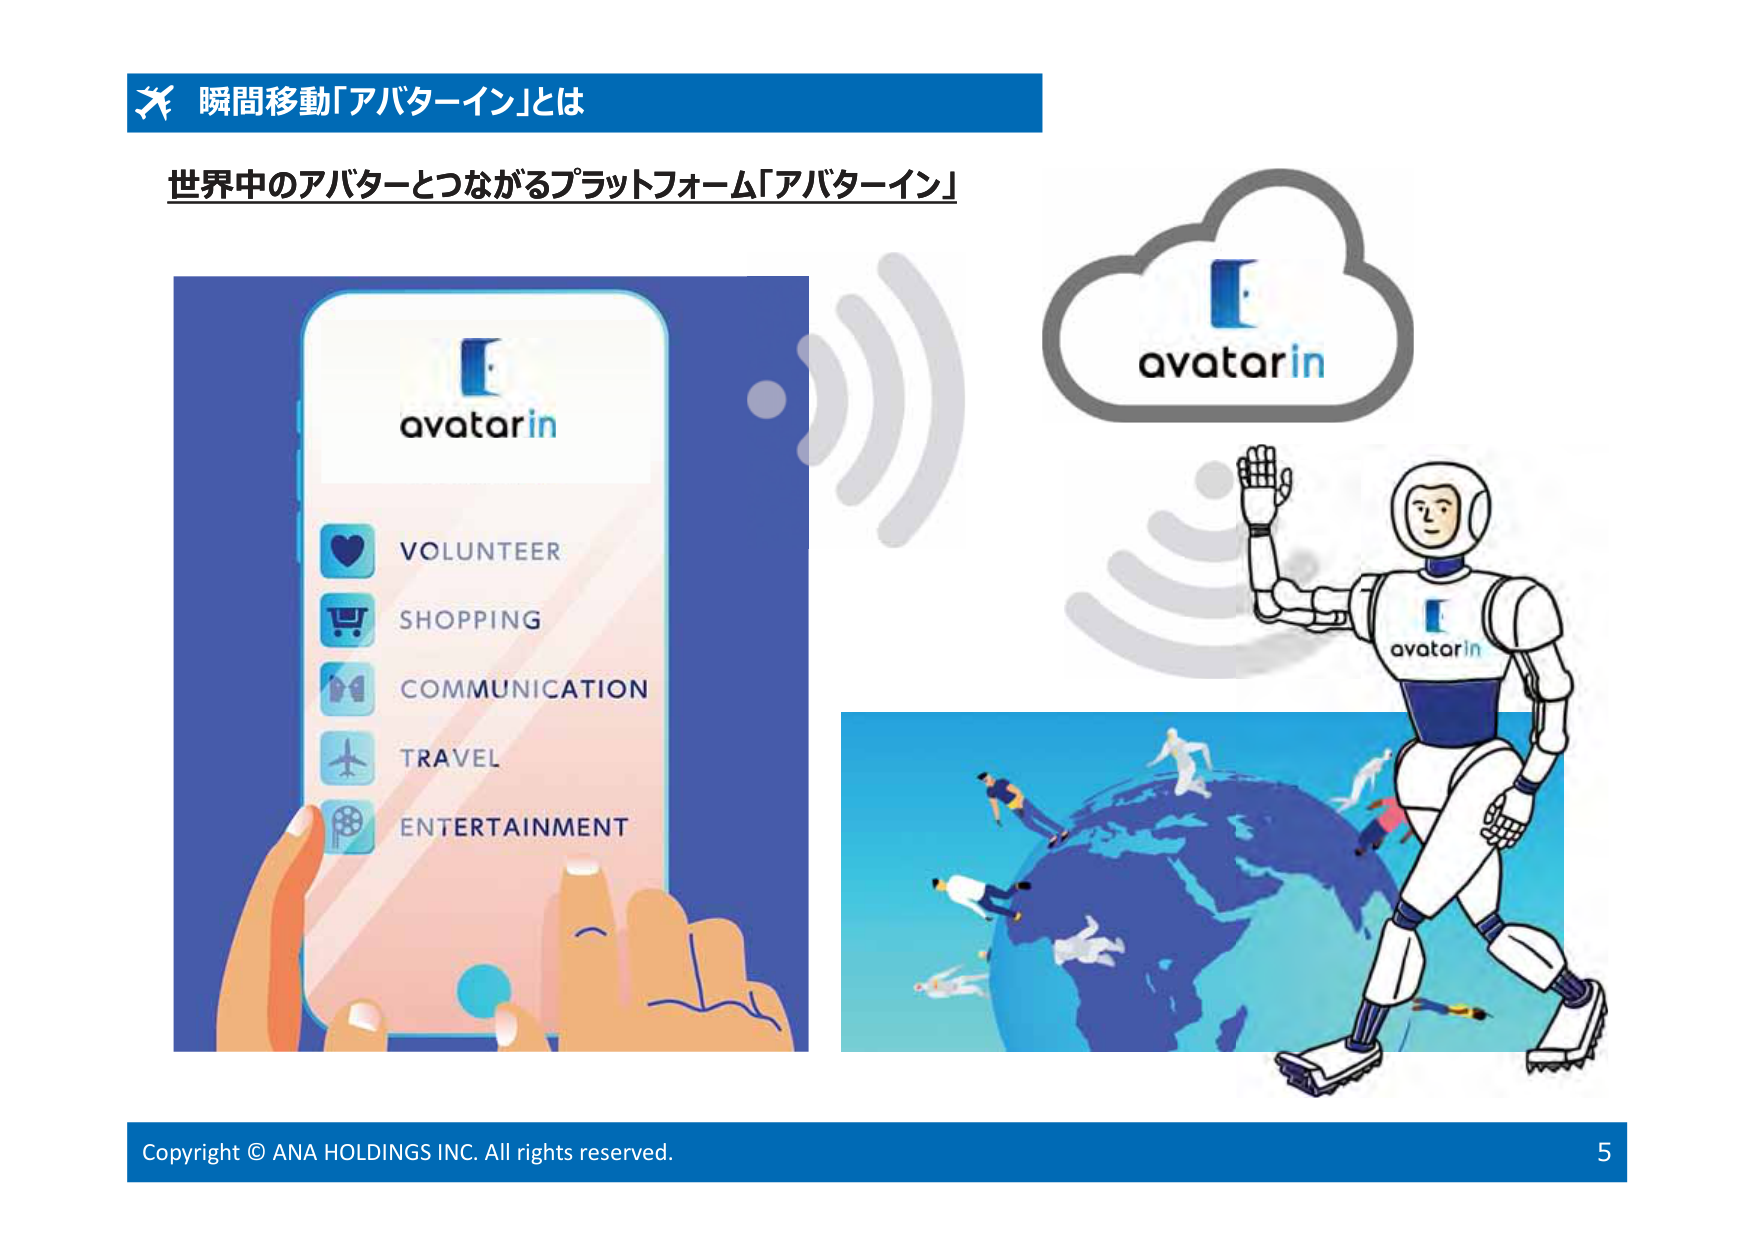
瞬間移動「アバターイン」とは
世界中のアバターとつながるプラットフォーム「アバターイン」
avatarin
VOLUNTEER
SHOPPING
COMMUNICATION
TRAVEL
ENTERTAINMENT
avatarin
avatarin
Copyright © ANA HOLDINGS INC. All rights reserved.
5